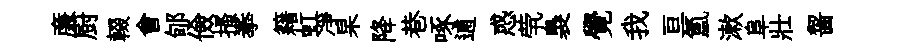
亷厨輟會郇儉搔拳籍虹凈杲降巷啄逋惑茕裊覺我亘氳漱阜壯齧